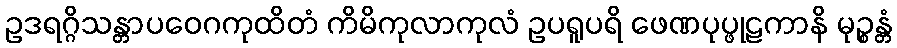
ဥဒရဂ္ဂိသန္တာပဝေဂကုထိတံ ကိမိကုလာကုလံ ဥပရူပရိ ဖေဏပုပ္ဖုဠကာနိ မုဉ္စန္တံ